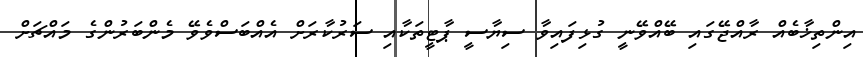
އިންތިޚާބެއް ރާއްޖޭގައި ބޭއްވޭނީ ގުޅިފައިވާ ސިޔާސީ ޕާޓީތަކާއި ސަރުކާރަށް އެއްބަސްވެވޭ މެންބަރުންގެ މައްޗަށް